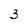
Character: 3